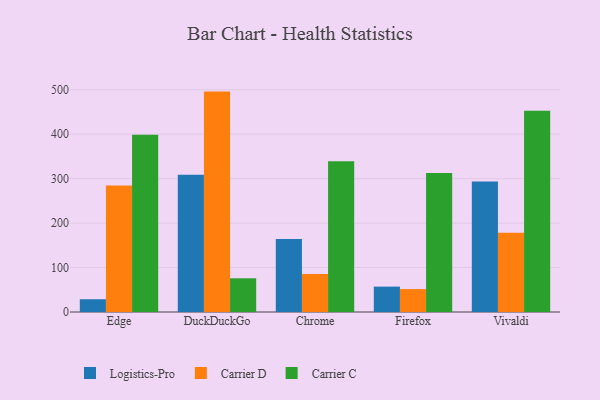
{"axis": {"x": "Browser", "y": "Gross Profit (USD K)"}, "legend": ["Carrier C", "Carrier D", "Logistics-Pro"], "data": [{"x": "Edge", "y": 28.7, "type": "Logistics-Pro"}, {"x": "Edge", "y": 284.4, "type": "Carrier D"}, {"x": "Edge", "y": 398.4, "type": "Carrier C"}, {"x": "DuckDuckGo", "y": 308.5, "type": "Logistics-Pro"}, {"x": "DuckDuckGo", "y": 495.7, "type": "Carrier D"}, {"x": "DuckDuckGo", "y": 75.8, "type": "Carrier C"}, {"x": "Chrome", "y": 164.1, "type": "Logistics-Pro"}, {"x": "Chrome", "y": 85.6, "type": "Carrier D"}, {"x": "Chrome", "y": 339.2, "type": "Carrier C"}, {"x": "Firefox", "y": 57.1, "type": "Logistics-Pro"}, {"x": "Firefox", "y": 51.5, "type": "Carrier D"}, {"x": "Firefox", "y": 312.5, "type": "Carrier C"}, {"x": "Vivaldi", "y": 293.4, "type": "Logistics-Pro"}, {"x": "Vivaldi", "y": 178.5, "type": "Carrier D"}, {"x": "Vivaldi", "y": 452.7, "type": "Carrier C"}]}